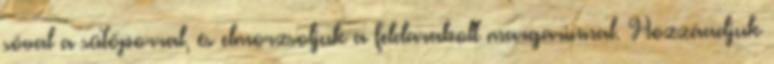
sóval a sütőporral, és elmorzsoljuk a feldarabolt margarinnal. Hozzáadjuk